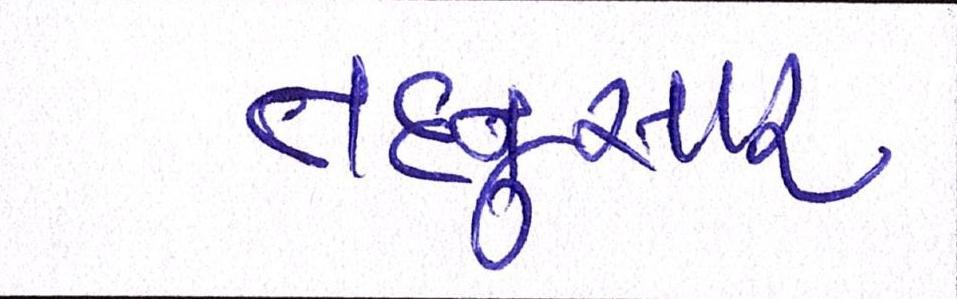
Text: તદનુસાર